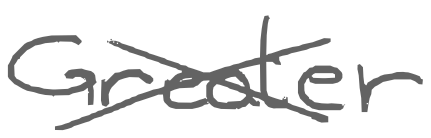
Text: Greater
Cross-out: cross
Writing tool: digital_gray